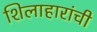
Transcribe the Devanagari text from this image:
शिलाहारांची